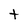
Character: t